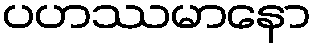
ပဟဿမာနော